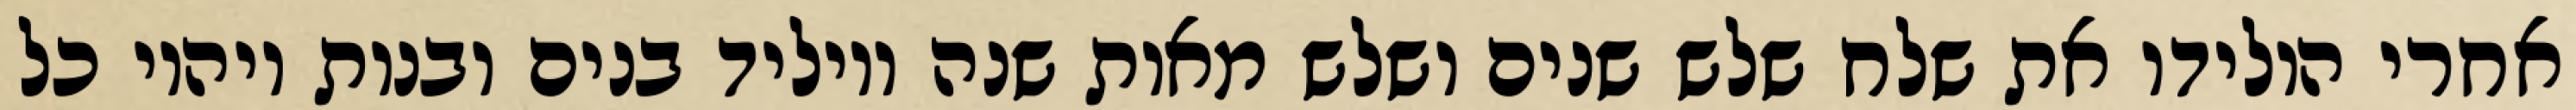
אחרי הולידו את שלח שלש שנים ושלש מאות שנה ויוליד בנים ובנות ויהיו כל